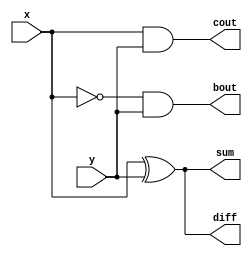
module half_adder_subtractor(input x, y, output sum, diff, output cout, bout);
assign sum = x ^ y;
assign cout = x & y;
assign diff = x ^ y;
assign bout = (~x) & y;
endmodule